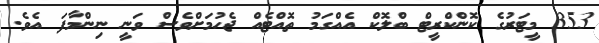
353 މީޓަރުގެ ކޮންކްރީޓް ބްލޮކް އެއްގަމު ތޮއްޓެއް ޖެހުމަށްވެސް ވަނީ ނިންމާފަ އެވެ.